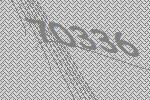
70336